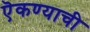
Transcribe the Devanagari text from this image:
ऎकण्याची